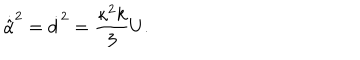
\dot { \hat { \alpha } } ^ { 2 } = \dot { d } ^ { 2 } = \frac { \kappa ^ { 2 } k } { 3 } U .